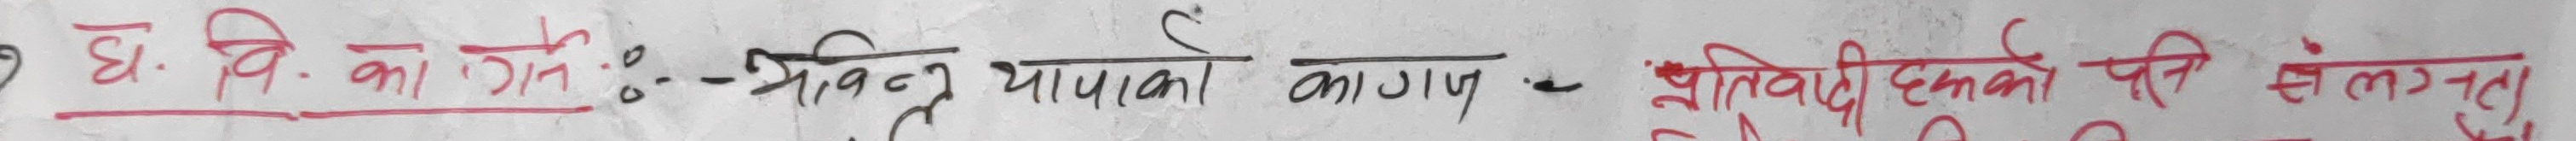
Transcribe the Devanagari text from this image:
ध. वि. का गेति : भवितव्यका कागज प्रतिवादी हरुको पनि संलग्नता